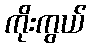
ကိုးကွယ်